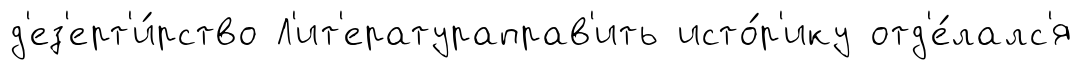
д'ез'ерт'и́рство Л'ит'ератураправ'ить исто́р'ику отд'е́лалс'я